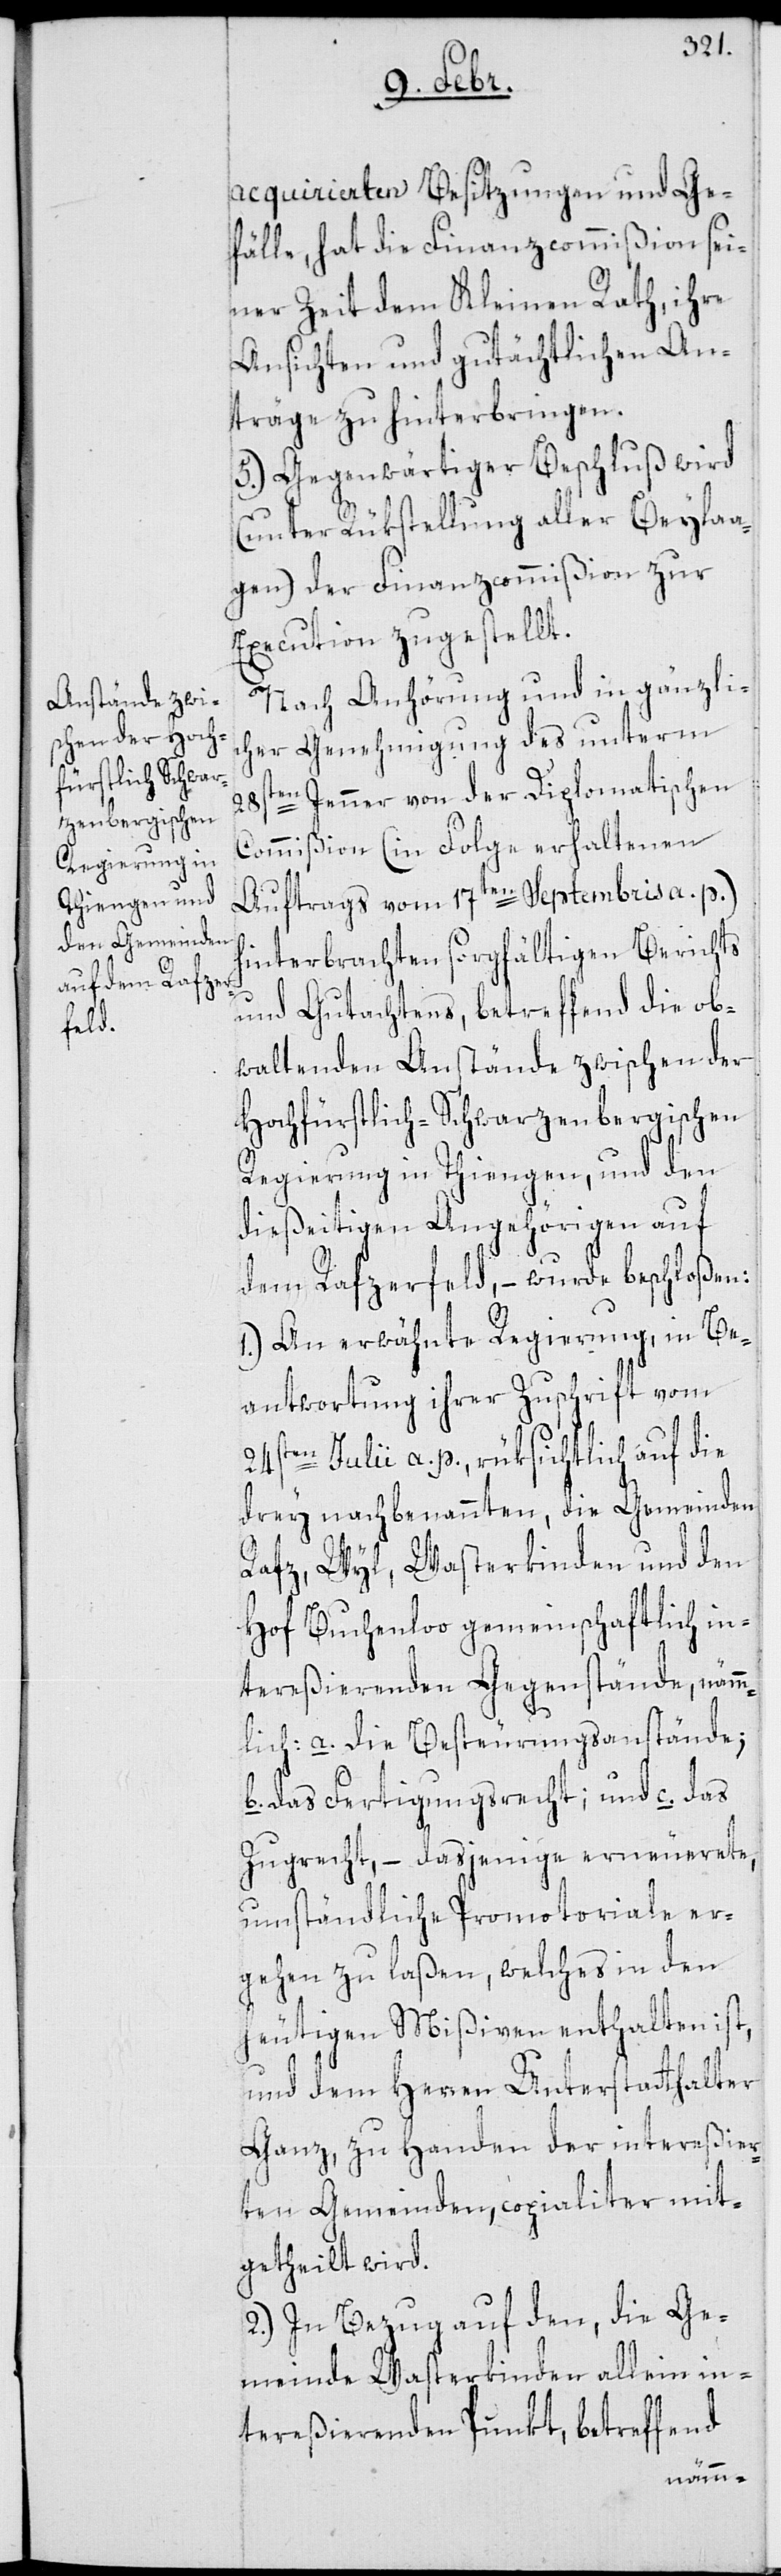
acquirierten Besitzungen und Ge¬
fälle, hat die Finanzcommißion sei¬
ner Zeit dem Kleinen Rath, ihre
Ansichten und gutächtlichen An¬
träge zu hinterbringen.
5.) Gegenwärtiger Beschluß wird
(unter Rükstellung aller Beylaa¬
gen) der Finanzcommißion zur
Execution zugestellt.
Nach Anhörung und in gänzli¬
cher Genehmigung des unterm
Jenner von der Diplomatischen
Commißion (in Folge erhaltenen
Auftrags vom 17ten Septembris a. p.)
hinterbrachten sorgfältigen Berichts
und Gutachtens, betreffend die ob¬
waltenden Anstände zwischen der
Hochfürstlich-Schwarzenbergischen
Regierung in Thiengen, und den
dießeitigen Angehörigen auf
dem Rafzerfeld, – wurde beschloßen:
1.) An erwähnte Regierung, in Be¬
antwortung ihrer Zuschrift vom
24sten Julii a. p., rüksichtlich auf die
drey nachbenannten, die Gemeinden
Rafz, Wyl, Wasterkinden und den
Hof Buchenloo gemeinschaftlich in¬
tereßierenden Gegenstände, nämm¬
lich: a. die Besteuerungsanstände;
b. das Fertigungsrecht; und c. das
Zugrecht; – dasjenige erneuerete
umständliche Promotoriale er¬
gehen zu laßen, welches in den
heutigen Mißiven enthalten ist,
und dem Herren Unterstatthalter
Ganz, zu Handen der intereßier¬
ten Gemeinden, copialiter mit¬
getheilt wird.
2.) In Bezug auf den, die Ge¬
meinde Wasterkinden allein in¬
tereßierenden Punkt, betreffend